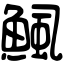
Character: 鯴